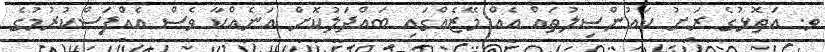
ވ. އަތޮޅުގެ ރަށު ކައުންސިލުތައް އެއް މޭޒެއްގައި ބައްދަލުކޮށް އަނެއްކާ ވެސް އެއްފަސްކުރުމުގެ